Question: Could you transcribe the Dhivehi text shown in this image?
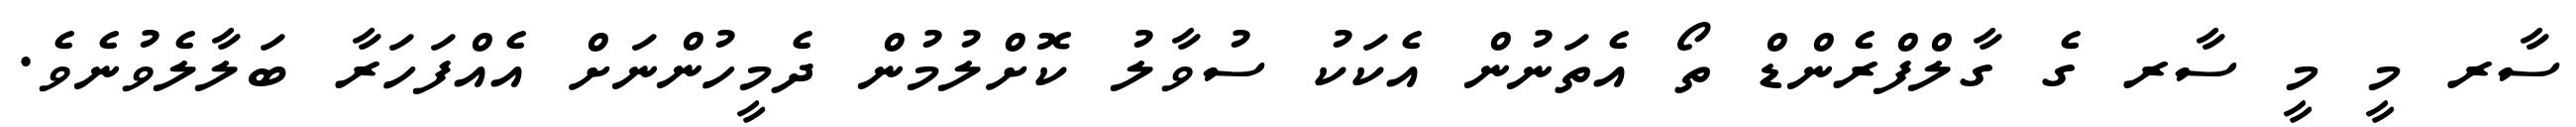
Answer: ސާރ މީ މީ ސާރ ގެ ގާލްފްރެންޑް ތޯ އެތަނުން އެކަކު ސުވާލު ކޮށްލުމުން ދެމީހުންނަށް އެއްފަހަރާ ބަލާލެވުނެވެ.